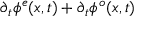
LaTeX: \partial _ { t } \phi ^ { e } ( x , t ) + \partial _ { t } \phi ^ { o } ( x , t )